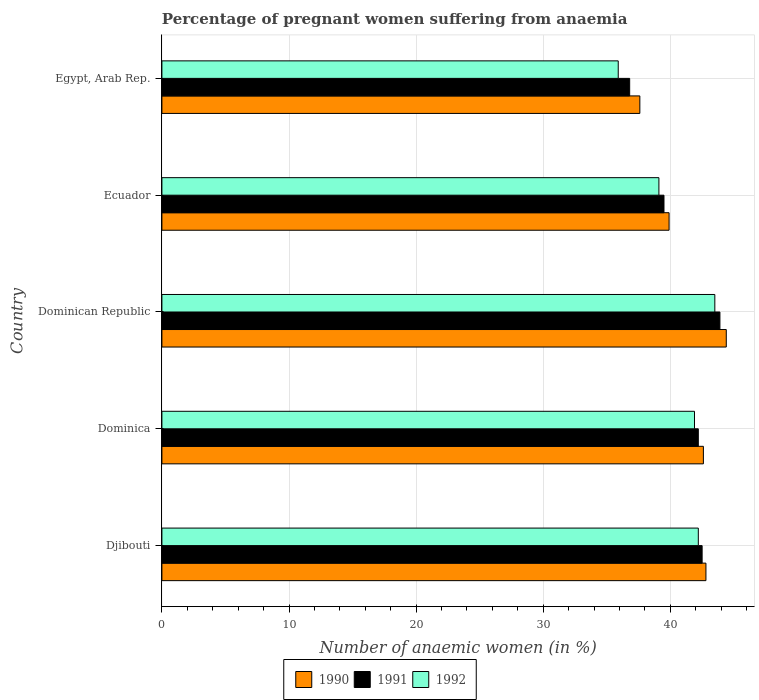
| Country | 1990 | 1991 | 1992 |
 | --- | --- | --- | --- |
 | Djibouti | 42.8 | 42.5 | 42.2 |
 | Dominica | 42.6 | 42.2 | 41.9 |
 | Dominican Republic | 44.4 | 43.9 | 43.5 |
 | Ecuador | 39.9 | 39.5 | 39.1 |
 | Egypt, Arab Rep. | 37.6 | 36.8 | 35.9 |